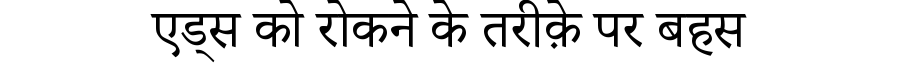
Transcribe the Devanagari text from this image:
एड्स को रोकने के तरीक़े पर बहस